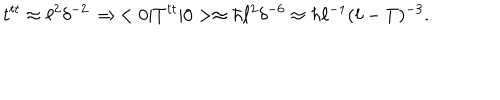
LaTeX: t ^ { t t } \approx \ell ^ { 2 } \delta ^ { - 2 } \, \Rightarrow \, < 0 | T ^ { t t } | 0 > \approx \hbar \ell ^ { 2 } \delta ^ { - 6 } \approx \hbar \ell ^ { - 1 } ( \ell - T ) ^ { - 3 } .